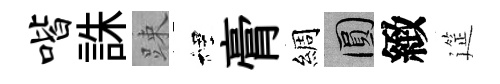
喈誅踈裡膏綢圓緻筵